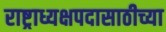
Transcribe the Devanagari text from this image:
राष्ट्राध्यक्षपदासाठीच्या